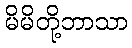
မိမိတို့ဘာသာ